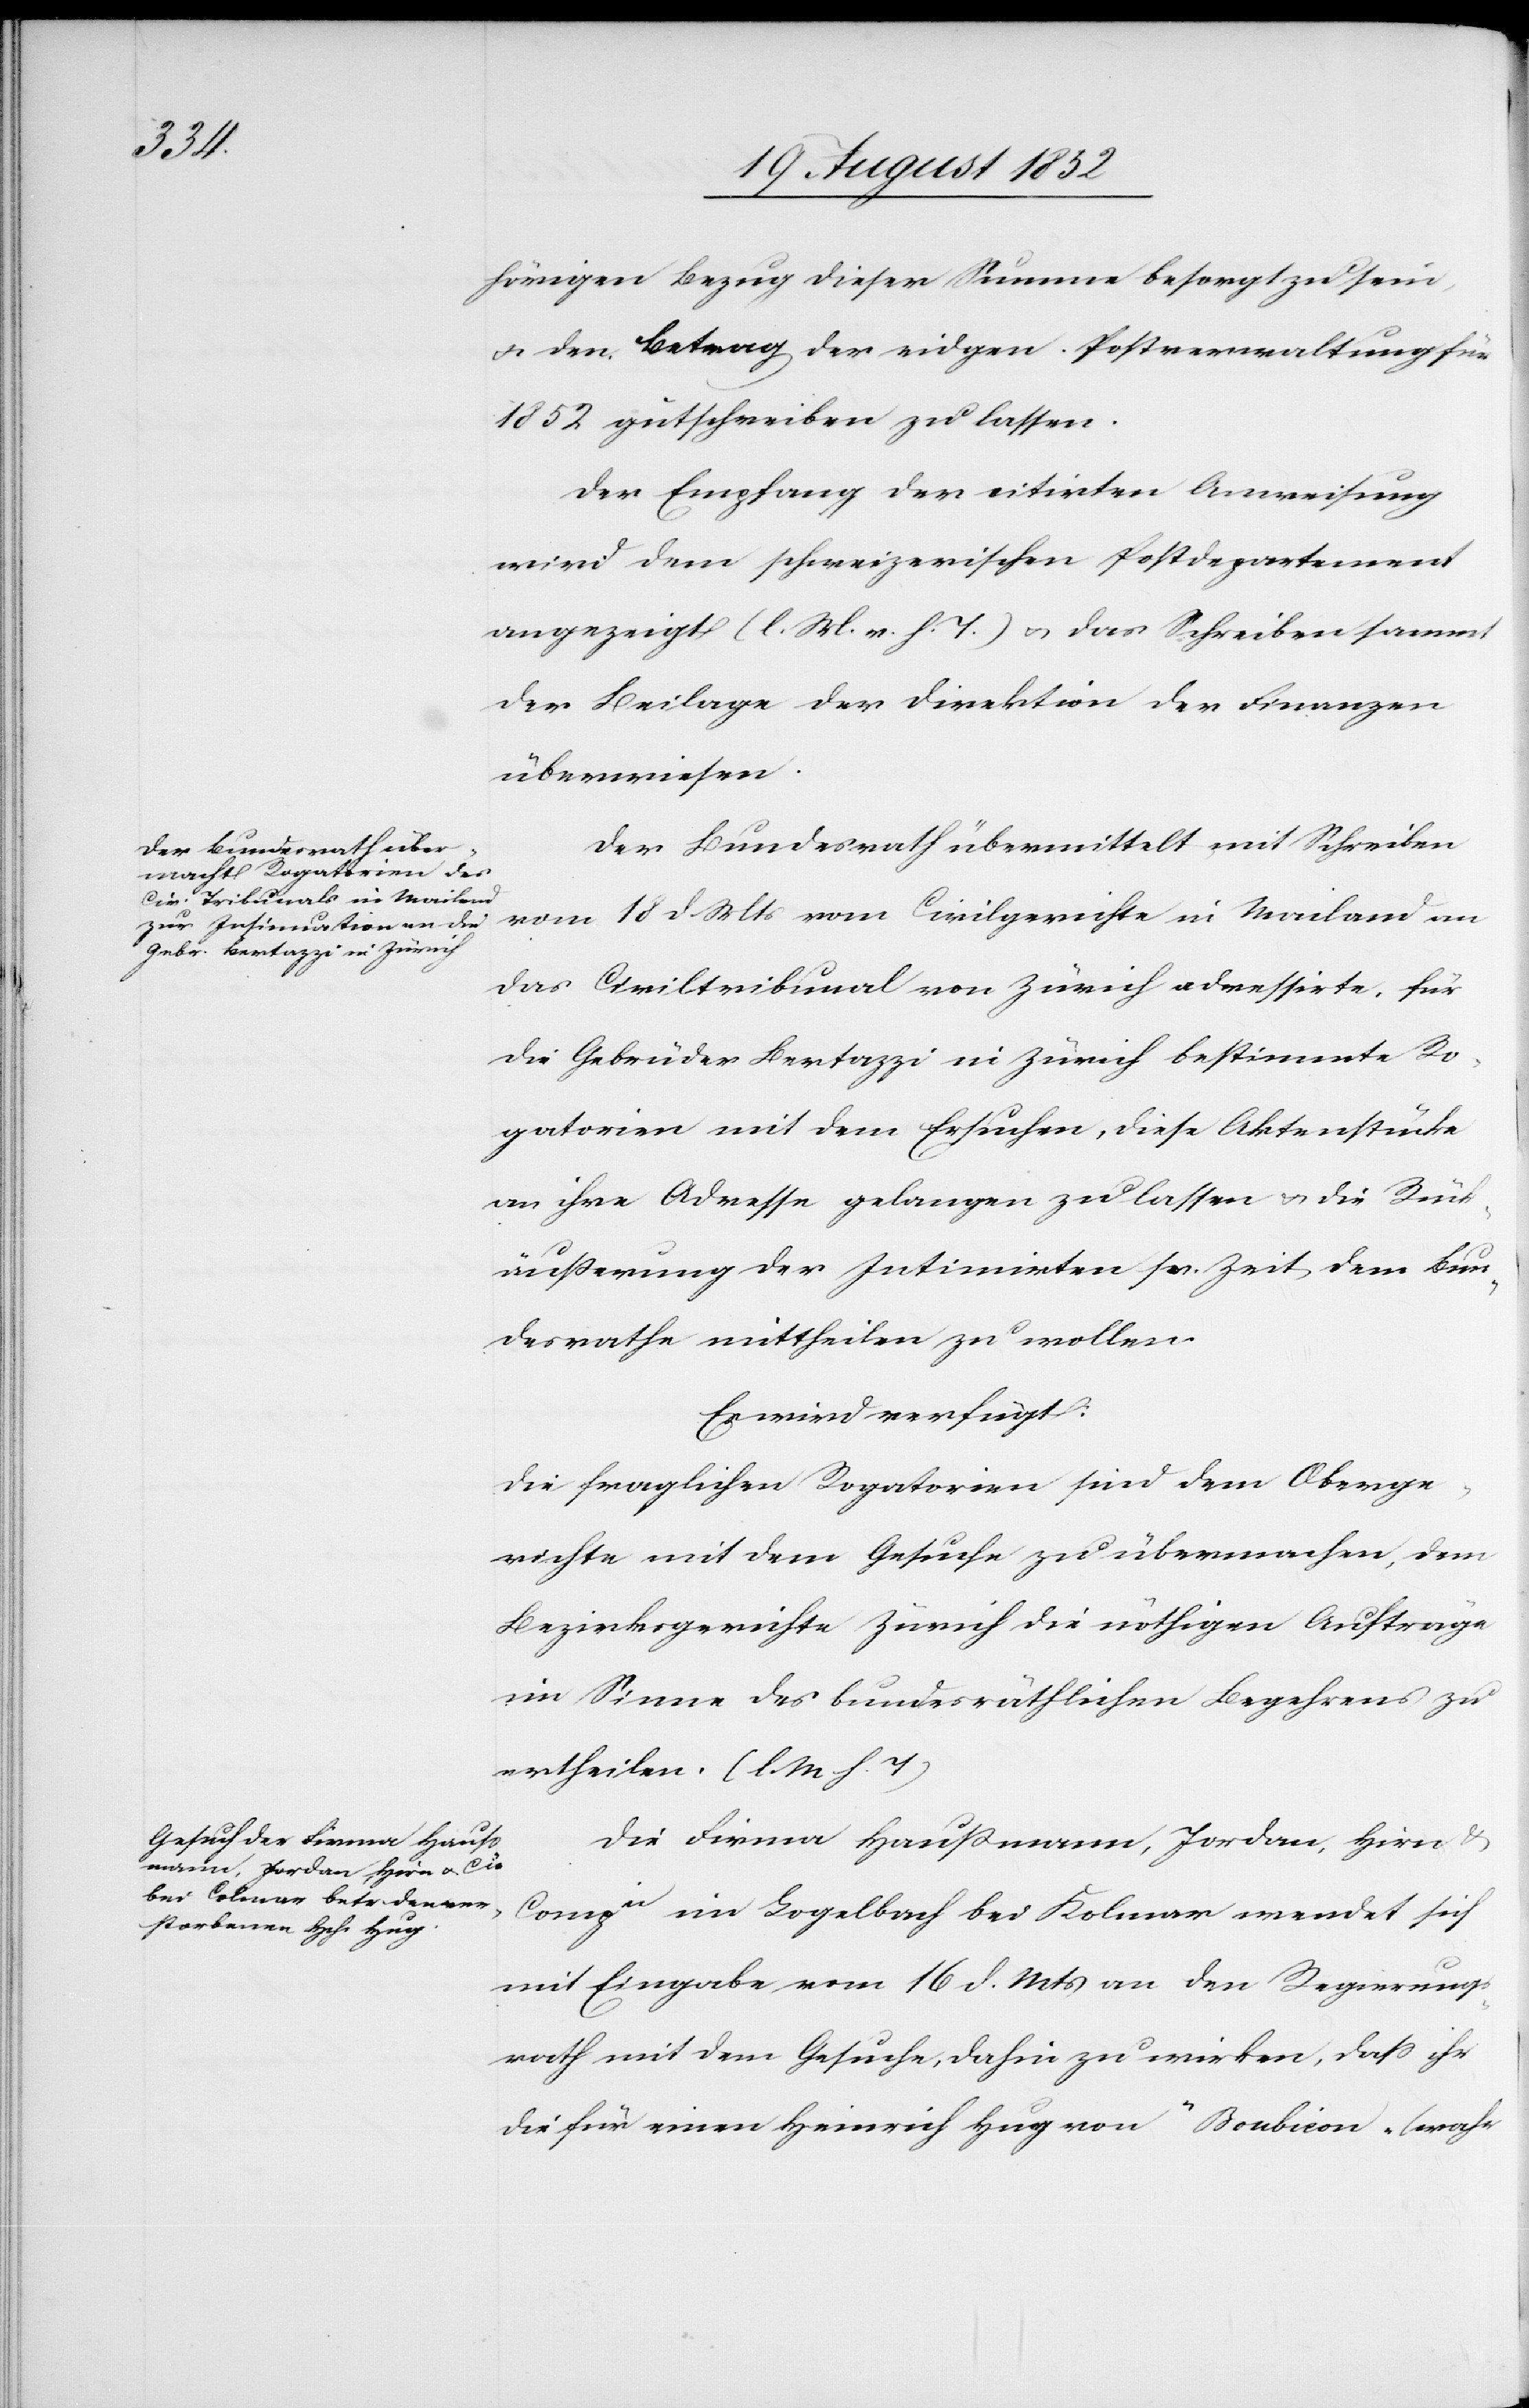
den

20 August 1852]
hörigen Bezug dieser Summe besorgt zu sein,
& den Betrag der eidgen. Postverwaltung für
1852 gutschreiben zu lassen.
Der Empfang der citirten Anweisung
wird dem schweizerischen Postdepartement
angezeigt (l. M. v. h. T.) & das Schreiben sammt
der Beilage der Direktion der Finanzen
überwiesen.
Der Bundesrath übermittelt mit Schreiben
vom 18 d. Mts vom Civilgerichte in Mailand an
das Civiltribunal von Zürich adressirte, für
die Gebrüder Bertazzi in Zürich bestimmte Ro¬
gatorien mit dem Ersuchen, diese Aktenstücke
an ihre Adresse gelangen zu lassen & die Rück¬
äußerung der Intimirten sr. Zeit dem Bun¬
desrathe mtitheilen zu wollen.
Es wird verfügt:
Die fraglichen Rogatorien sind dem Oberge¬
richte mit dem Gesuche zu übermachen, dem
Bezirksgerichte Zürich die nöthigen Aufträge
im Sinne des bundesräthlichen Begehrens zu
ertheilen. (l. M h. T)
Die Firma Haußmann, Jordan, Hirn &
Compie im Logelbach bei Kolmar wendet sich
mit Eingabe vom 16 d. Mts an den Regierungs¬
rath mit dem Gesuche, dahin zu wirken, dass ihr
die für einen Heinrich Hug von „Boubicon“ (wahr-